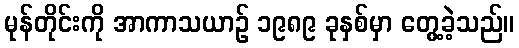
မုန်တိုင်းကို အာကာသယာဉ် ၁၉၈၉ ခုနှစ်မှာ တွေ့ခဲ့သည်။